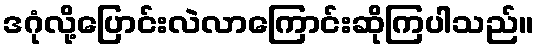
ဒဂုံလို့ပြောင်းလဲလာကြောင်းဆိုကြပါသည်။